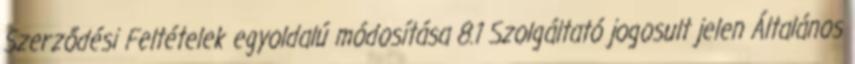
Szerződési Feltételek egyoldalú módosítása 8.1 Szolgáltató jogosult jelen Általános